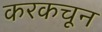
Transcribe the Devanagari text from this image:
करकचून